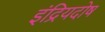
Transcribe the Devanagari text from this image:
इंद्रियदोष